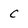
Character: c